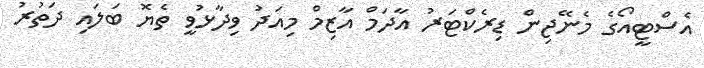
އެސްޓީއޯގެ މެނޭޖިން ޑިރެކްޓަރު އާދަމް އާޒިމް މިއަދު ވިދާޅުވީ ތެޔޮ ބަލައި ދަތުރު